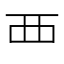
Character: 覀